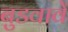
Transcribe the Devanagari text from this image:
बुडवावें